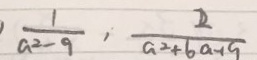
\frac { 1 } { a ^ { 2 } - 9 } , \frac { 2 } { a ^ { 2 } + 6 a + 1 9 }